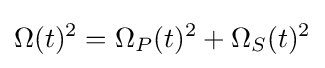
\Omega (t)^{2}=\Omega _{P}(t)^{2}+\Omega _{S}(t)^{2}